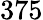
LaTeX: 375